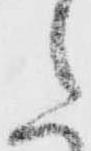
た